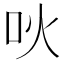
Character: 吙